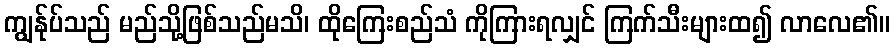
ကျွန်ုပ်သည် မည်သို့ဖြစ်သည်မသိ၊ ထိုကြေးစည်သံ ကိုကြားရလျှင် ကြက်သီးများထ၍ လာလေ၏။